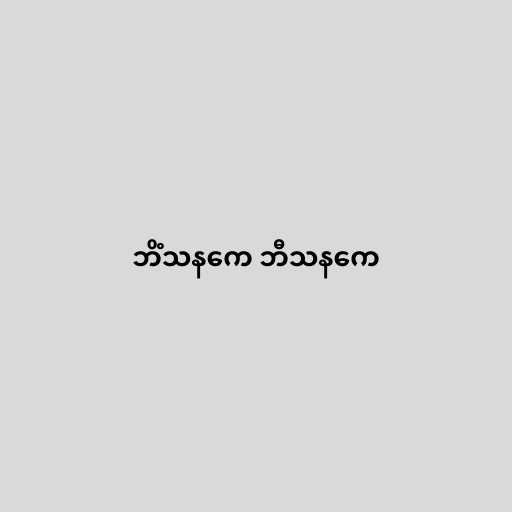
ဘိံသနကေ ဘီသနကေ